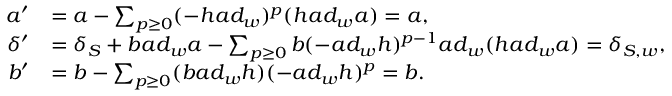
\begin{array} { r l } { a ^ { \prime } } & { = a - \sum _ { p \geq 0 } ( - h a d _ { w } ) ^ { p } ( h a d _ { w } a ) = a , } \\ { \delta ^ { \prime } } & { = \delta _ { S } + b a d _ { w } a - \sum _ { p \geq 0 } b ( - a d _ { w } h ) ^ { p - 1 } a d _ { w } ( h a d _ { w } a ) = \delta _ { S , w } , } \\ { b ^ { \prime } } & { = b - \sum _ { p \geq 0 } ( b a d _ { w } h ) ( - a d _ { w } h ) ^ { p } = b . } \end{array}